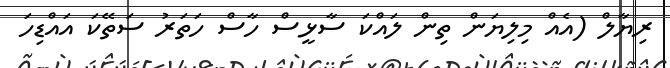
ރިޔާލް (އެއް މިލިޔަން ތިން ލައްކަ ސާޅީސް ހާސް ހަތަރު ސަތޭކަ އައްޑިހަ